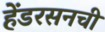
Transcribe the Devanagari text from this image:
हेंडरसनची